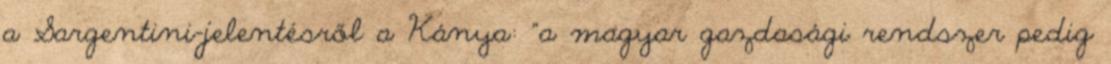
a Sargentini-jelentésről a Kánya: "a magyar gazdasági rendszer pedig